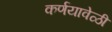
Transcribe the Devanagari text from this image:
कर्णयावेळी